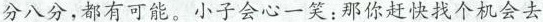
分八分，都有可能。小子会心一笑：那你赶快找个机会去